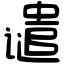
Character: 谴